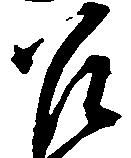
召